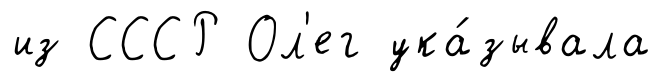
из СССР Ол'ег ука́зывала